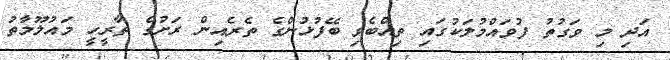
އަދި މި ވަގުތު ފުވައްމުލަކުގައި ތިއްބެވި ބޭފުޅުންގެ ތެރެއިން ރަށުގެ ތާރީހީ މައުލޫމާތު